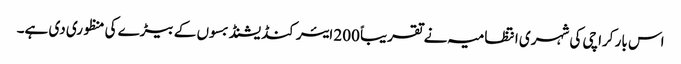
اس بار کراچی کی شہری انتظامیہ نے تقریباً 200 ایئر کنڈیشنڈ بسوں کے بیڑے کی منظوری دی ہے۔